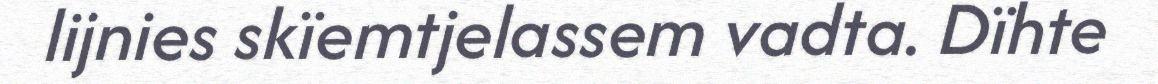
lijnies skïemtjelassem vadta. Dïhte